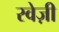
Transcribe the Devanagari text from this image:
स्वेज़ी